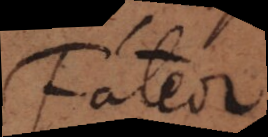
Fateor